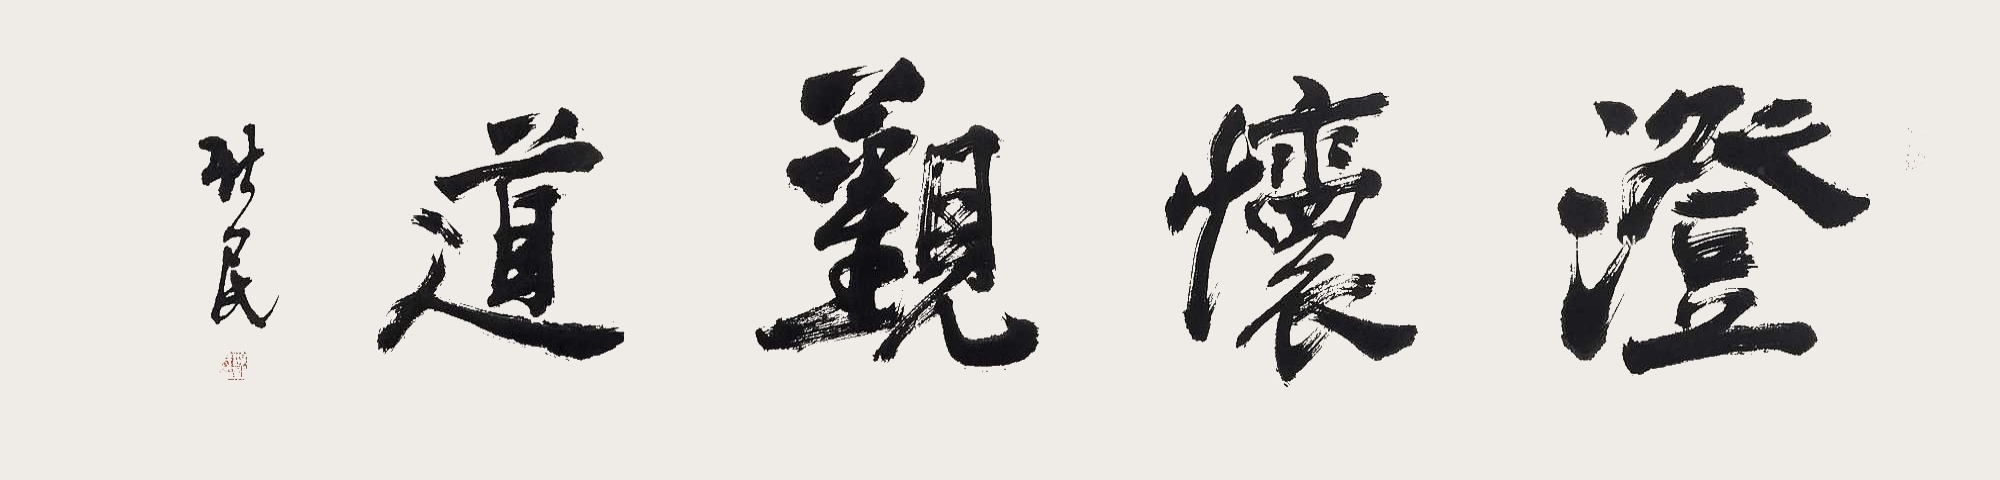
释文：澄怀观道。新民。